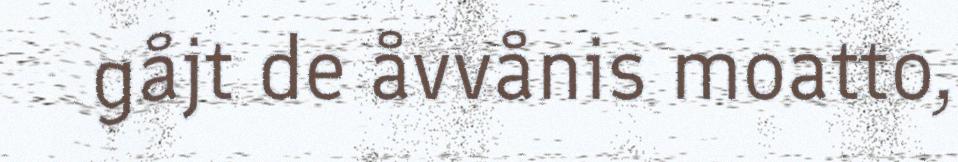
gåjt de åvvånis moatto,